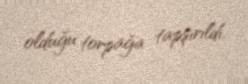
olduğu torpağa tapşırıldı.